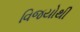
વિજયોથી